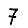
Digit: 7